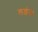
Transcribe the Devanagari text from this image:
लड़ंत।